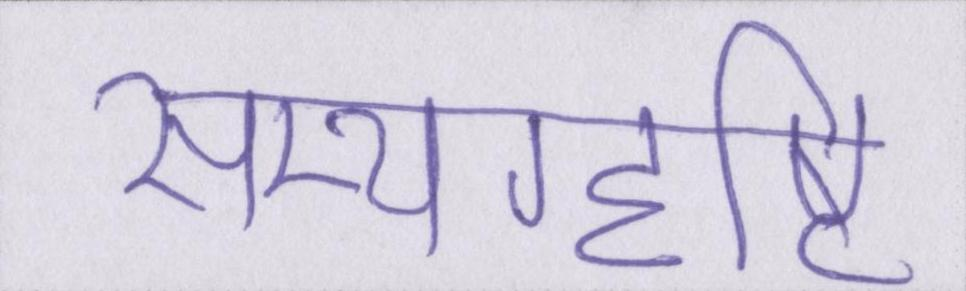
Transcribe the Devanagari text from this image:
सम्यग्दृष्टि